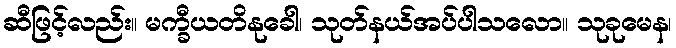
ဆီဖြင့်လည်း။ မက္ခီယတိနုခေါ၊ သုတ်နယ်အပ်ပါသလော။ သုခုမေန၊